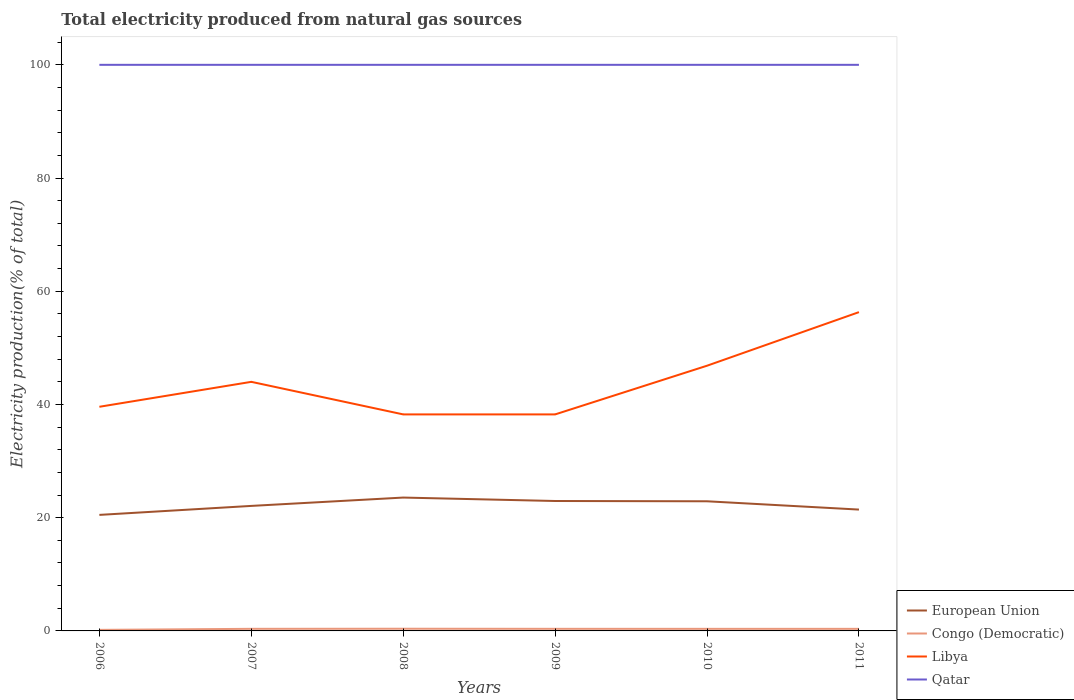
| Years | European Union | Congo (Democratic) | Libya | Qatar |
 | --- | --- | --- | --- | --- |
 | 2006 | 20.5 | 0.186 | 39.6 | 100 |
 | 2007 | 22.1 | 0.369 | 44 | 100 |
 | 2008 | 23.6 | 0.385 | 38.2 | 100 |
 | 2009 | 23 | 0.37 | 38.2 | 100 |
 | 2010 | 22.9 | 0.368 | 46.8 | 100 |
 | 2011 | 21.4 | 0.368 | 56.3 | 100 |